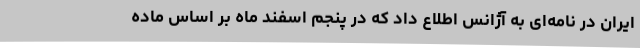
ایران در نامه‌ای به آژانس اطلاع داد که در پنجم اسفند ماه بر اساس ماده